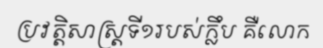
ប្រវត្តិសាស្ត្រទី១របស់ក្លឹប គឺលោក